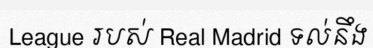
League របស់ Real Madrid ទល់នឹង